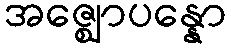
အဇ္ဈောပန္နော